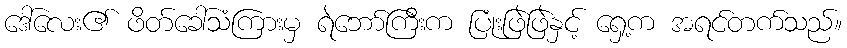
ဒေါ်လေး၏ ဖိတ်ခေါ်သံကြားမှ ရဲဘော်ကြီးက ပြုံးဖြဲဖြဲနှင့် ရှေ့က အရင်တက်သည်။